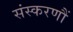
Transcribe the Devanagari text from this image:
संस्करणौं